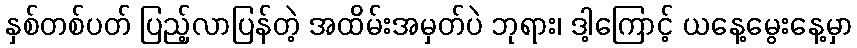
နှစ်တစ်ပတ် ပြည့်လာပြန်တဲ့ အထိမ်းအမှတ်ပဲ ဘုရား၊ ဒါ့ကြောင့် ယနေ့မွေးနေ့မှာ